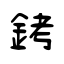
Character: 銬